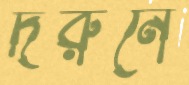
দরুনে